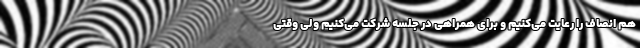
هم انصاف را رعایت می‌کنیم و برای همراهی در جلسه شرکت می‌کنیم ولی وقتی